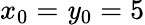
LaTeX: x_{0}=\mathit{y}_{0}=5